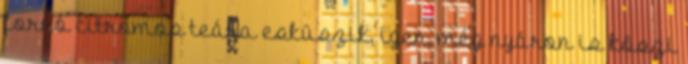
forró citromos teára esküszik, igen, még nyáron is köszi